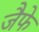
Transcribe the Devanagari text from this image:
जैफे